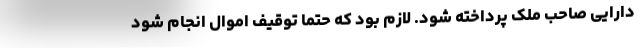
دارایی صاحب ملک پرداخته شود. لازم بود که حتما توقیف اموال انجام شود